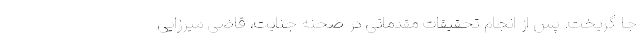
جا گریخت. پس از انجام تحقیقات مقدماتی در صحنه جنایت، قاضی میرزایی